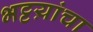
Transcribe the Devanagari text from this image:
भट्टय़ांचा